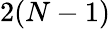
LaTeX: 2(N-1)